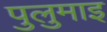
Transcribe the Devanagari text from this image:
पुलुमाइ